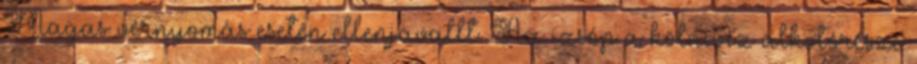
Magas vérnyomás esetén ellenjavallt. Az izsóp a kölnivíz alkotórésze